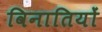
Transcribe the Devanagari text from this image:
विनातियों